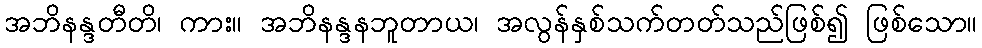
အဘိနန္ဒတီတိ၊ ကား။ အဘိနန္ဒနဘူတာယ၊ အလွန်နှစ်သက်တတ်သည်ဖြစ်၍ ဖြစ်သော။